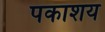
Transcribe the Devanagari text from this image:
पकाशय